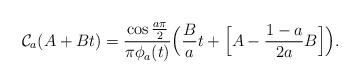
LaTeX: \begin{align*} \mathcal C_a (A + Bt) = \frac{ \cos \tfrac{a \pi}2 }{\pi \phi_a (t)} \Big( \frac Ba t + \Big[ A - \frac{1-a}{2a} B \Big] \Big).\end{align*}